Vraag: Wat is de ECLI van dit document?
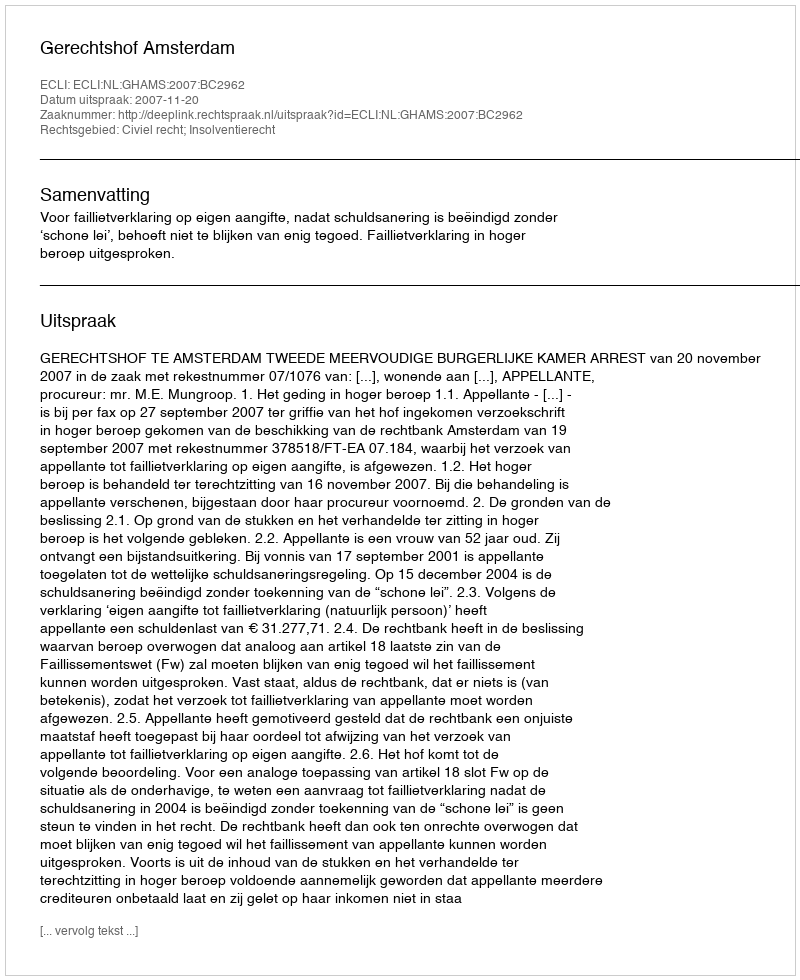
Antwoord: ECLI:NL:GHAMS:2007:BC2962